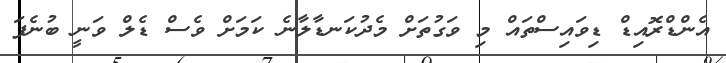
އެންޑްރޮއިޑް ޑިވައިސްތައް މި ވަގުތަށް މެދުކަނޑާލާނެ ކަމަށް ވެސް ޑެލް ވަނީ ބުނެފަ